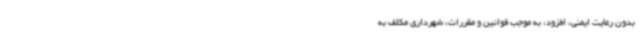
بدون رعایت ایمنی، افزود: به موجب قوانین و مقررات، شهرداری مکلف به